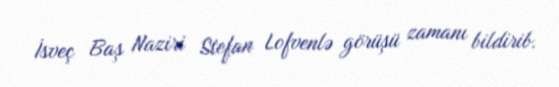
İsveç Baş Naziri Stefan Lofvenlə görüşü zamanı bildirib.